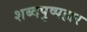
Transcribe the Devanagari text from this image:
शब्दपुष्पहार